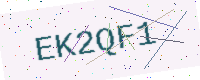
Text: EK2QF1